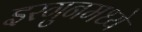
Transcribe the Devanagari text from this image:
इरगुनमध्ये